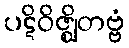
ပဋိဝိဇ္ဈိတဗ္ဗံ